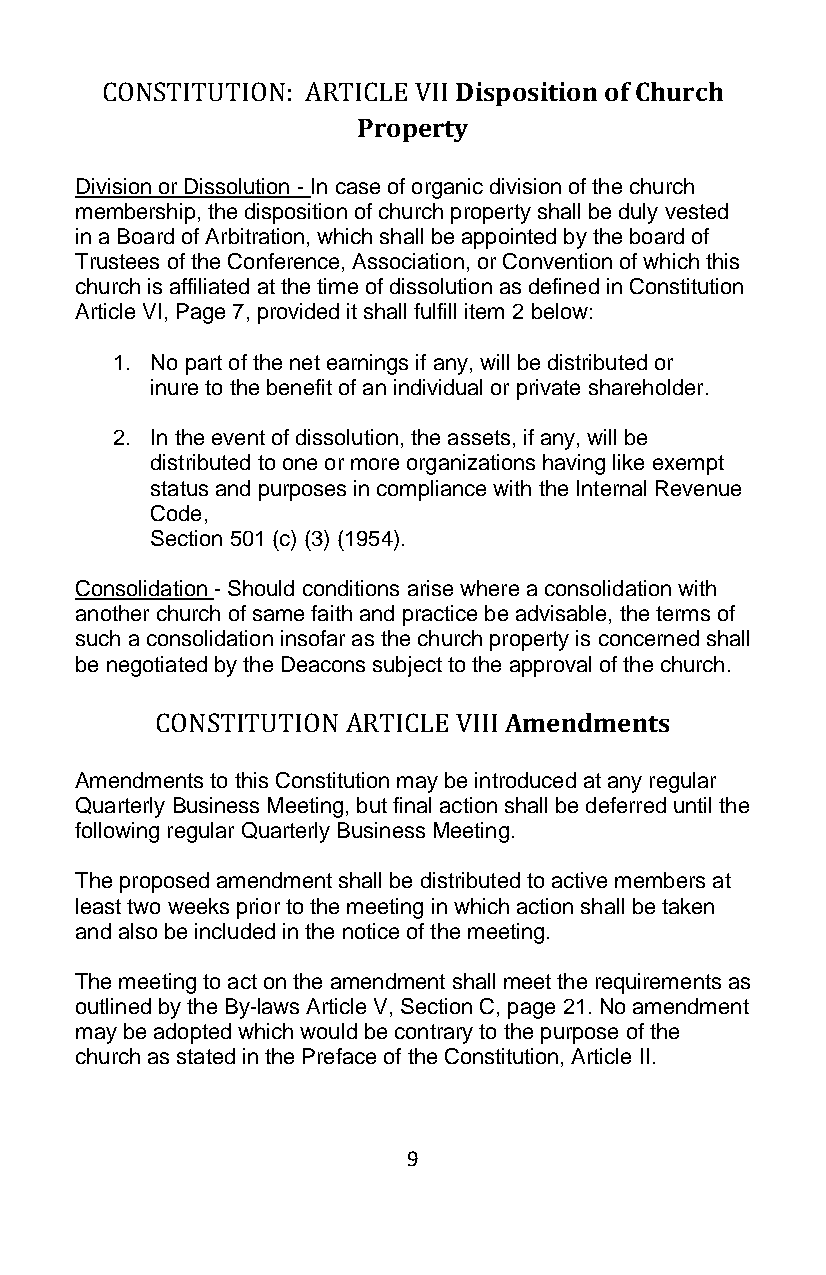
CONSTITUTION: ARTICLE VII Disposition of Church
 Property
 Division or Dissolution - In case of organic division of the church
 membership, the disposition of church property shall be duly vested
 in a Board of Arbitration, which shall be appointed by the board of
 Trustees of the Conference, Association, or Convention of which this
 church is affiliated at the time of dissolution as defined in Constitution
 Article VI, Page 7, provided it shall fulfill item 2 below:
 1. No part of the net earnings if any, will be distributed or
 inure to the benefit of an individual or private shareholder.
 2. In the event of dissolution, the assets, if any, will be
 distributed to one or more organizations having like exempt
 status and purposes in compliance with the Internal Revenue
 Code,
 Section 501 (c) (3) (1954).
 Consolidation - Should conditions arise where a consolidation with
 another church of same faith and practice be advisable, the terms of
 such a consolidation insofar as the church property is concerned shall
 be negotiated by the Deacons subject to the approval of the church.
 CONSTITUTION ARTICLE VIII Amendments
 Amendments to this Constitution may be introduced at any regular
 Quarterly Business Meeting, but final action shall be deferred until the
 following regular Quarterly Business Meeting.
 The proposed amendment shall be distributed to active members at
 least two weeks prior to the meeting in which action shall be taken
 and also be included in the notice of the meeting.
 The meeting to act on the amendment shall meet the requirements as
 outlined by the By-laws Article V, Section C, page 21. No amendment
 may be adopted which would be contrary to the purpose of the
 church as stated in the Preface of the Constitution, Article II.
 9